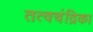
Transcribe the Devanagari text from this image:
तत्वचंद्रिका